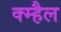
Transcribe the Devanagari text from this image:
क्म्हैल